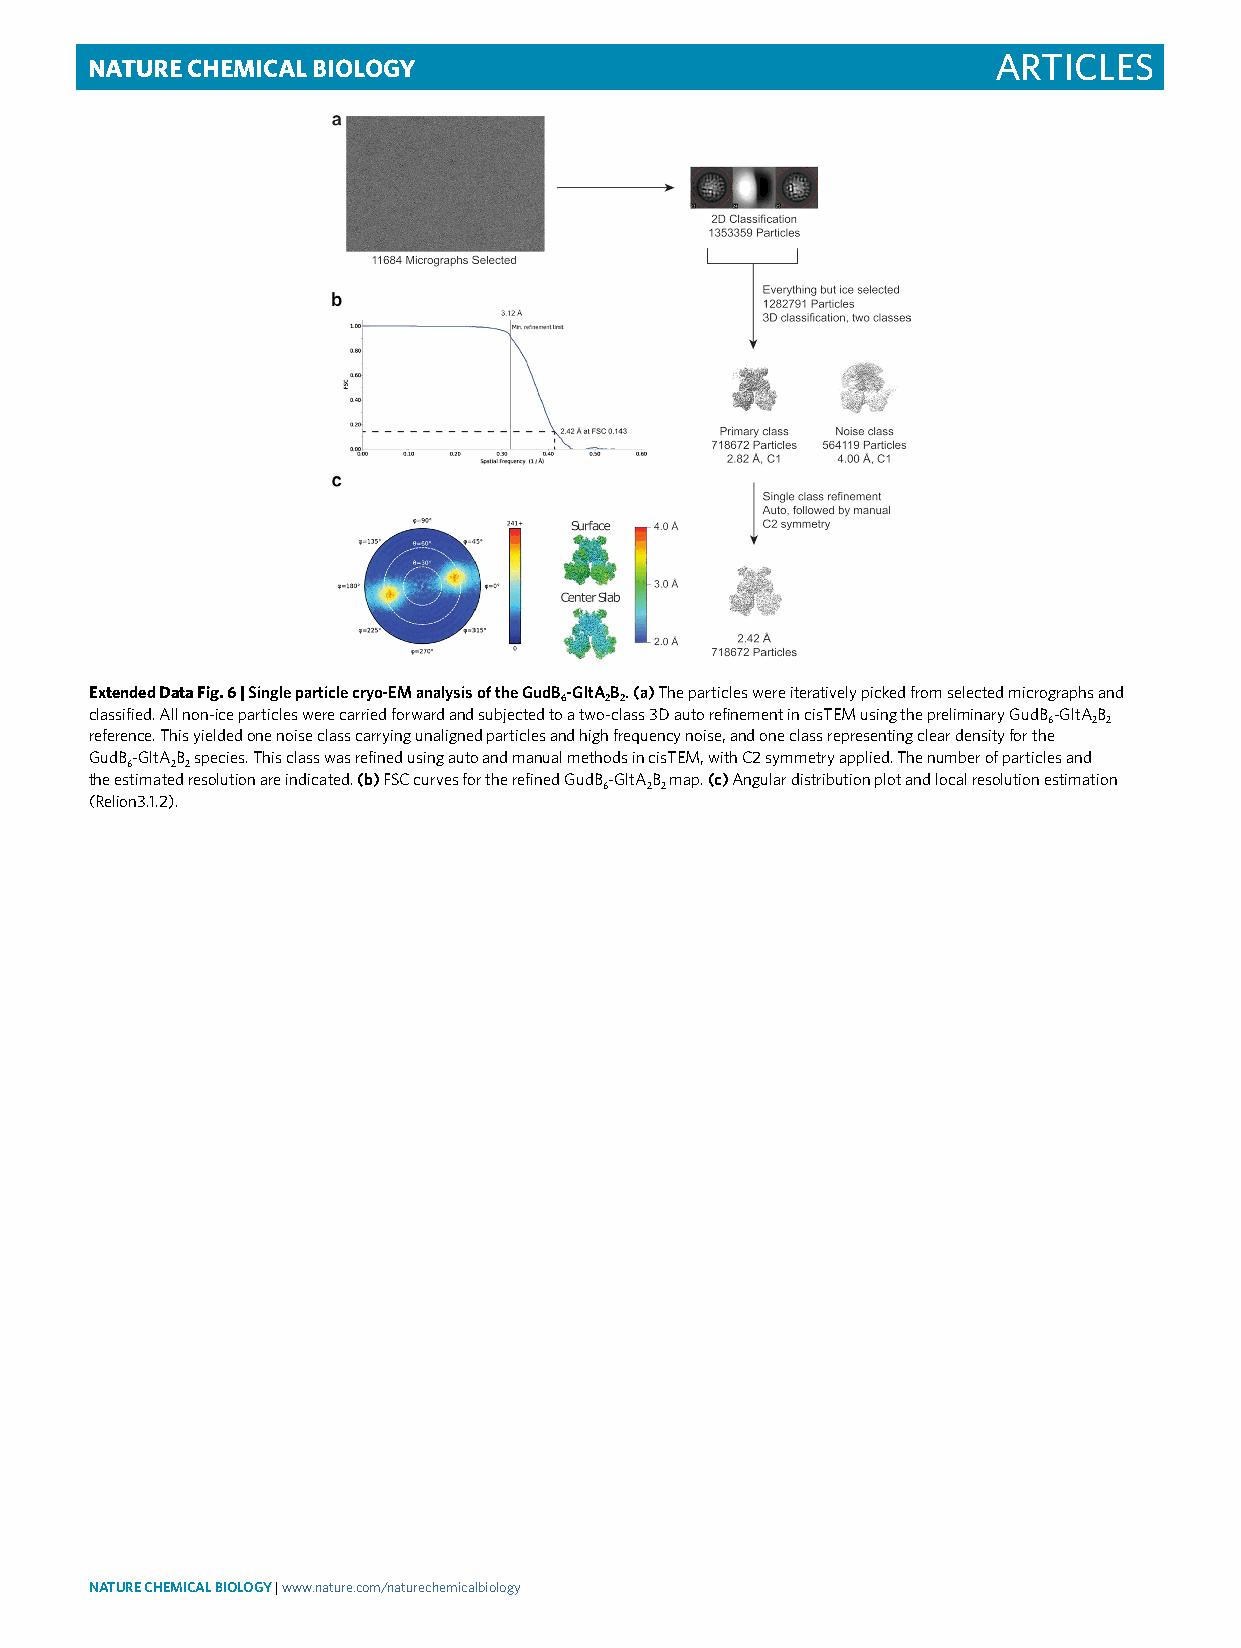
Nature ChemiCal Biology                                     Articles
 Extended Data Fig. 6 | Single particle cryo-EM analysis of the gudB-gltAB. (a) The particles were iteratively picked from selected micrographs and
 6  2 2
 classified. All non-ice particles were carried forward and subjected to a two-class 3D auto refinement in cisTEM using the preliminary GudB-GltAB
 6  2 2
 reference. This yielded one noise class carrying unaligned particles and high frequency noise, and one class representing clear density for the
 GudB-GltAB species. This class was refined using auto and manual methods in cisTEM, with C2 symmetry applied. The number of particles and
 6  2 2
 the estimated resolution are indicated. (b) FSC curves for the refined GudB-GltAB map. (c) Angular distribution plot and local resolution estimation
 6  2 2
 (Relion3.1.2).
 NATurE ChEMiCAL BioLogy | www.nature.com/naturechemicalbiology